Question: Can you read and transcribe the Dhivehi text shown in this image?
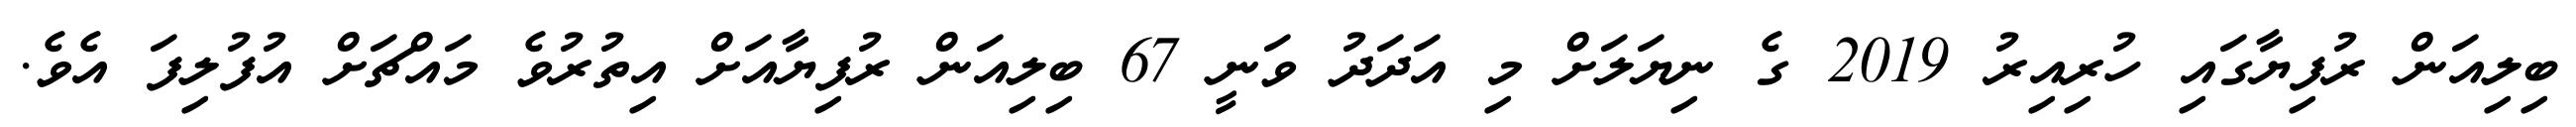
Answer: ބިލިއަން ރުފިޔާގައި ހުރިއިރު 2019 ގެ ނިޔަލަށް މި އަދަދު ވަނީ 67 ބިލިއަން ރުފިޔާއަށް އިތުރުވެ މައްޗަށް އުފުލިފަ އެވެ.